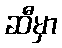
ဆီမှာ